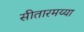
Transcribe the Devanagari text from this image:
सीतारमय्या